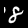
Label: 8